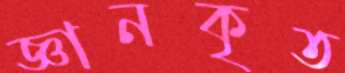
জ্ঞানকৃত